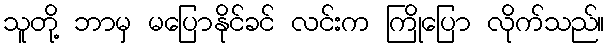
သူတို့ ဘာမှ မပြောနိုင်ခင် လင်းက ကြိုပြော လိုက်သည်။